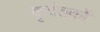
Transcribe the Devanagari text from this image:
कृदंतकों